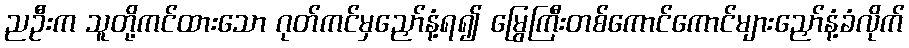
ညဦးက သူတို့ကင်ထားသော ဂုတ်ကင်မှညှော်နံ့ရ၍ မြွေကြီးတစ်ကောင်ကောင်များညှော်နံ့ခံလိုက်